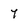
Character: 7